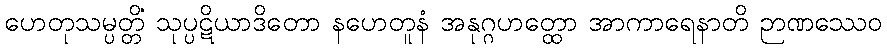
ဟေတုသမ္ပတ္တိံ သုပ္ပဋိယာဒိတော နဟေတူနံ အနုဂ္ဂဟတ္ထော အာကာရေနာတိ ဉာဏဿေဝ